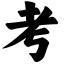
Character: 考